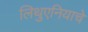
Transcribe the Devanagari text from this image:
लिथुएनियाचे